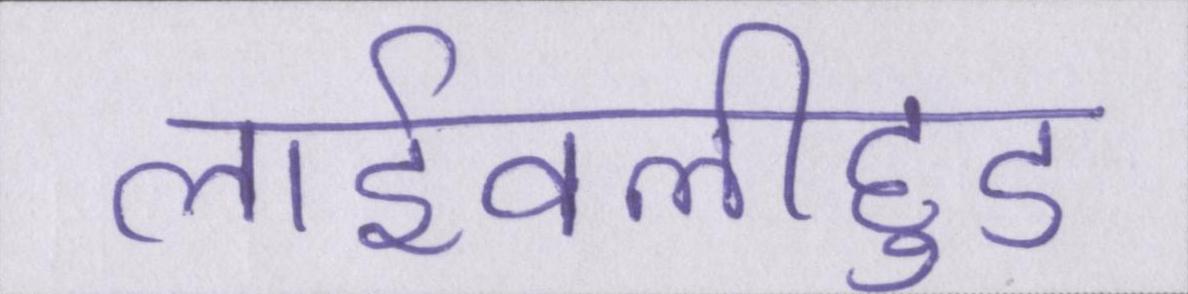
लाईवलीहुड